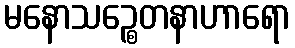
မနောသဉ္စေတနာဟာရော